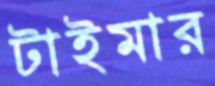
টাইমার